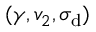
( \gamma , v _ { 2 } , \sigma _ { \mathrm { { d } } } )